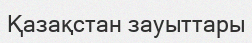
Қазақстан зауыттары